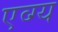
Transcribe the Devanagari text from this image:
एव्ग्य